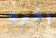
اخره